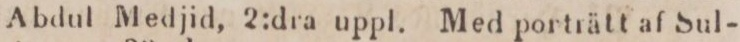
Abdul Medjid, 2:dra uppl. Med porträtt af Sul-